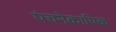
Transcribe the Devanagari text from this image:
पंचनेकायिक